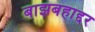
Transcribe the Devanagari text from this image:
बाझबहाद्दर